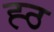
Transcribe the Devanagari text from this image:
ह्ठ